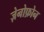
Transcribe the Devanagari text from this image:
ज़ेनोफ़ोन